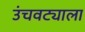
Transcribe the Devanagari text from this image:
उंचवट्याला